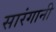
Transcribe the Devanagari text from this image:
सारंगानी